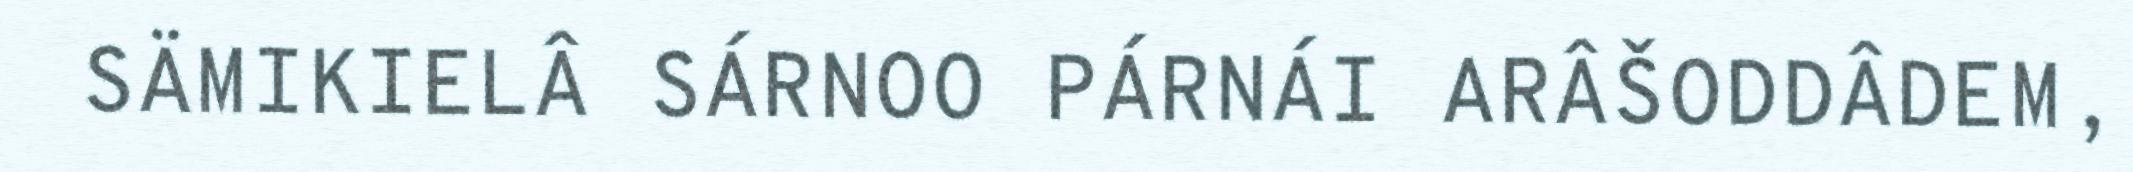
SÄMIKIELÂ SÁRNOO PÁRNÁI ARÂŠODDÂDEM,